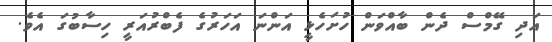
އަދި ގޭމްސް ދެން ބާއްވަން ހުށަހެޅީ އަންނަ އަހަރުގެ ފެބްރުއަރީ ހިސާބުގަ އެވެ.